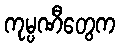
ကုမ္ပဏီတွေက